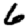
Digit: 6